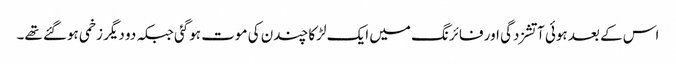
اس کے بعد ہوئی آتشزدگی اور فائرنگ میں ایک لڑکا چندن کی موت ہوگئی جبکہ دو دیگر زخمی ہوگئے تھے۔